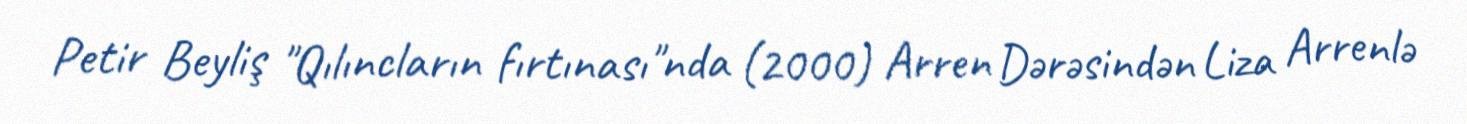
Petir Beyliş "Qılıncların fırtınası"nda (2000) Arren Dərəsindən Liza Arrenlə